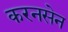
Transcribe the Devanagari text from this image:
करनसेन